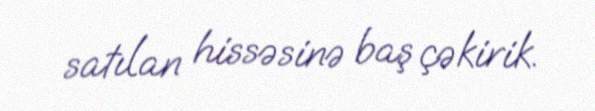
satılan hissəsinə baş çəkirik.